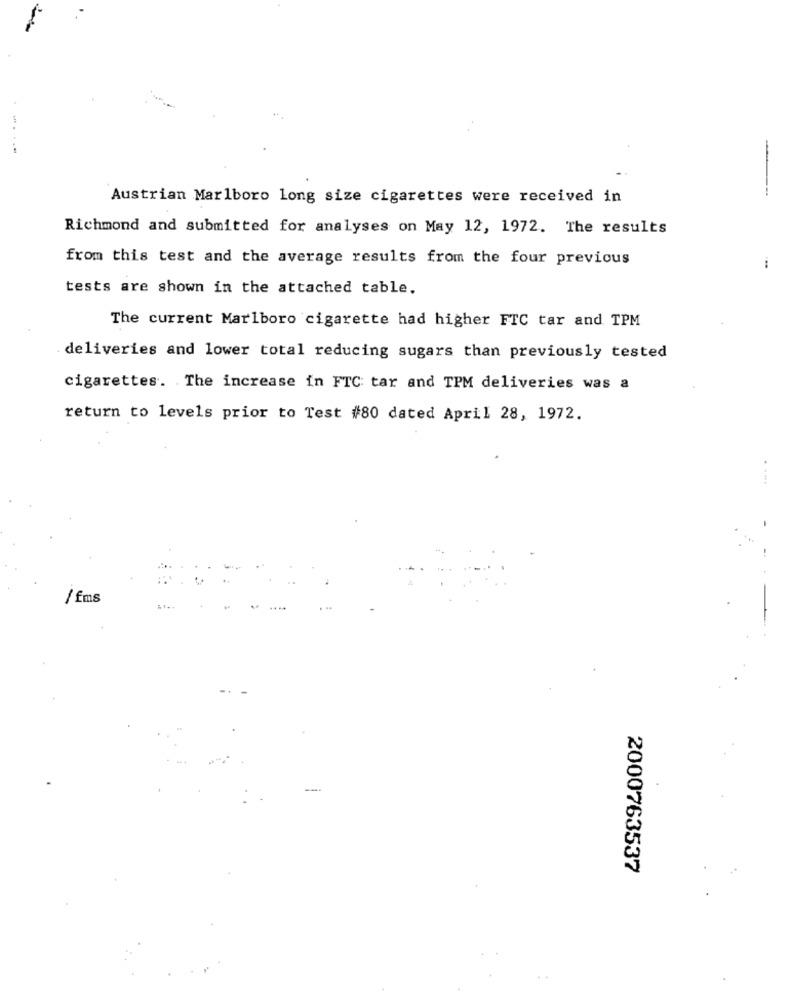
Austrian Marlboro long size cigarettes were received in
----
Richmond and submitted for analyses on May 12, 1972. The results
from this test and the average results from the four previous
...
tests are shown in the attached table.
The current Marlboro cigarette had higher FTC tar and TPM
deliveries and lower total reducing sugars than previously tested
cigarettes. The increase in FTC tar and TPM deliveries was a
return to levels prior to Test #80 dated April 28, 1972.
/ fms
2000763537